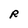
Character: R